Indian journal of veterinary science and animal husbandry - Volume 12,
Year: 1942
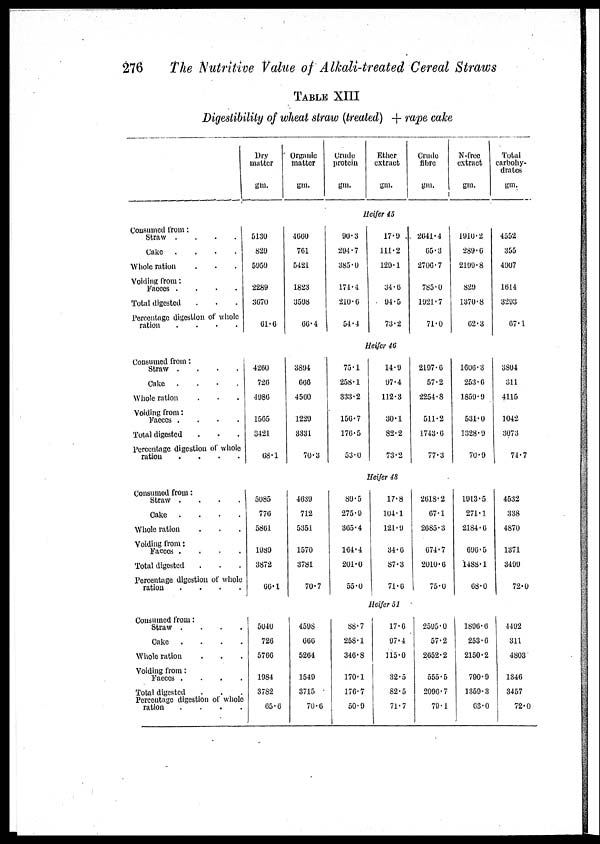
276
The Nutritive Value of Alkali-treated Cereal Straws
TABLE XIII
Digestibility of wheat straw (treated) + rape cake
Dry
matter
gm.
Organic
matter
gm.
Crude
protein
gm
Ether
extract
gm.
Crude
fibre
gm.
N-frce
extract
gm.
Total
carbohy-
drates
gm.
Heifer 45
Consumed from:
Straw
.
.
.
.
Cake
.
.
.
.
Whole ration . . .
Voiding from:
Faeces . . . .
Total digested . . .
Percentage digestion of whole
ration
.
.
.
.
5130
829
5959
2289
3670
61.6
4660
761
5421
1823
3598
66.4
90.3
294.7
385.0
174.4
210.6
54.4
17.9
111.2
129.1
34.6
94.5
73.2
2641.4
65.3
2706.7
785.0
1921.7
71.0
1910.2
289.6
2199.8
829
1370.8
62.3
4552
355
4907
1614
3293
67.1
Heifer 46
Consumed from:
Straw
.
.
.
.
Cake
.
.
.
.
Whole ration . . .
Voiding from :
Faeces
.
.
.
.
Total digested . . .
Percentage digestion of whole
ration
.
.
.
.
4260
726
4986
1565
3421
68.1
3894
666
4560
1229
3331
70.3
75.1
258.1
333.2
156.7
176.5
53.0
14.9
97.4
112.3
30.1
82.2
73.2
2197.6
57.2
2254.8
511.2
1743.6
77.3
1606.3
253.6
1859.9
531.0
1328.9
70.9
3804
311
4115
1042
3073
74.7
Heifer 48
Consumed from:
Straw
.
.
.
.
Cake
.
.
.
.
Whole ration . . .
Voiding from:
Faeces
.
.
.
.
Total digested . . .
Percentage digestion of whole
ration
.
.
.
.
5085
776
5861
1989
3872
66.1
4639
712
5351
1570
3781
70.7
89.5
275.9
365.4
164.4
201.0
55.0
17.8
104.1
121.9
34.6
87.3
71.6
2618.2
67.1
2685.3
674.7
2010.6
75.0
1913.5
271.1
2184.6
696.5
1488.1
68.0
4532
338
4870
1371
3499
72.0
Heifer 51
Consumed from:
Straw
.
.
.
.
Cake
.
.
.
.
Whole ration . . .
Voiding from:
Faeces
.
.
.
.
Total digested
.
.
.
Percentage digestion of whole
ration . . . .
5040
726
5766
1984
3782
65.6
4598
666
5264
1549
3715
70.6
88.7
258.1
346.8
170.1
176.7
50.9
17.6
97.4
115.0
32.5
82.5
71.7
2595.0
57.2
2652.2
555.5
2096.7
79.1
1896.6
253.6
2150.2
790.9
1359.3
63.0
4492
311
4803
1346
3457
72.0